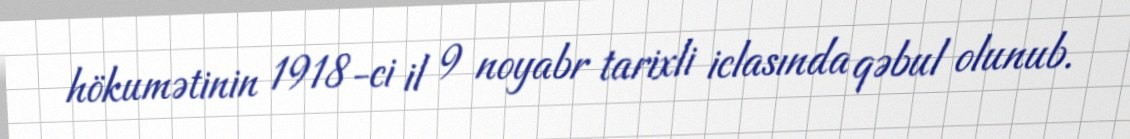
hökumətinin 1918-ci il 9 noyabr tarixli iclasında qəbul olunub.